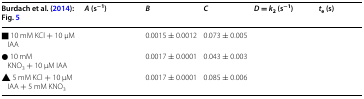
<table><thead><tr><td><b>Burdach et al. (2014): Fig. 5</b></td><td><b><i>A</i> (s<sup>−1</sup>)</b></td><td><b><i>B</i></b></td><td><b><i>C</i></b></td><td><b><i>D</i> = <i>k</i><sub>2</sub> (s<sup>−1</sup>)</b></td><td><b><i>t</i><sub>e</sub> (s)</b></td></tr></thead><tbody><tr><td>■ 10 mM KCl + 10 μM IAA</td><td>[EMPTY_CELL]</td><td>0.0015 ± 0.0012</td><td>0.073 ± 0.005</td><td>[EMPTY_CELL]</td><td>[EMPTY_CELL]</td></tr><tr><td>● 10 mM KNO<sub>3</sub> + 10 μM IAA</td><td>[EMPTY_CELL]</td><td>0.0017 ± 0.0001</td><td>0.043 ± 0.003</td><td>[EMPTY_CELL]</td><td>[EMPTY_CELL]</td></tr><tr><td>▲ 5 mM KCl + 10 μM IAA + 5 mM KNO<sub>3</sub></td><td>[EMPTY_CELL]</td><td>0.0017 ± 0.0001</td><td>0.085 ± 0.006</td><td>[EMPTY_CELL]</td><td>[EMPTY_CELL]</td></tr></tbody></table>